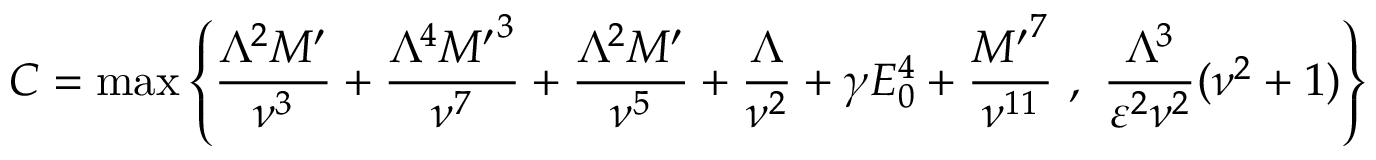
C = \operatorname* { m a x } { \left\{ \frac { \Lambda ^ { 2 } M ^ { \prime } } { \nu ^ { 3 } } + \frac { \Lambda ^ { 4 } { M ^ { \prime } } ^ { 3 } } { \nu ^ { 7 } } + \frac { \Lambda ^ { 2 } M ^ { \prime } } { \nu ^ { 5 } } + \frac { \Lambda } { \nu ^ { 2 } } + \gamma E _ { 0 } ^ { 4 } + \frac { { M ^ { \prime } } ^ { 7 } } { \nu ^ { 1 1 } } \ , \ \frac { \Lambda ^ { 3 } } { \varepsilon ^ { 2 } \nu ^ { 2 } } ( \nu ^ { 2 } + 1 ) \right\} }